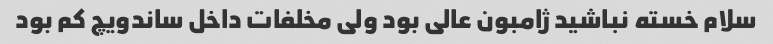
سلام خسته نباشید ژامبون عالی بود ولی مخلفات داخل ساندویچ کم بود